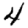
Digit: 4